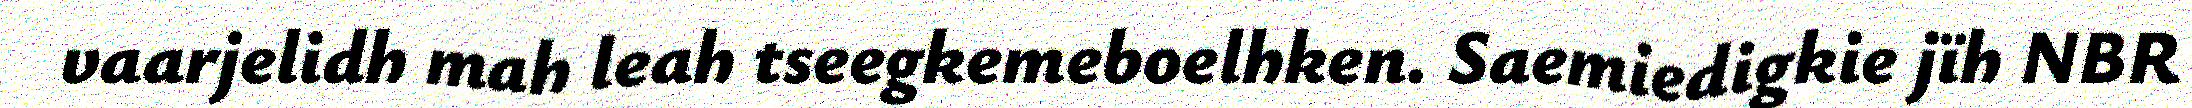
vaarjelidh mah leah tseegkemeboelhken. Saemiedigkie jïh NBR